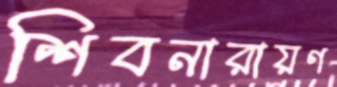
শিবনারায়ণ